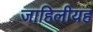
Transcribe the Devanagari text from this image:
जाहिलीयह